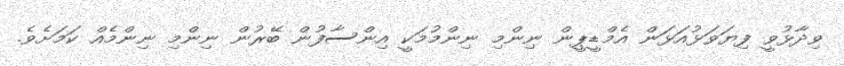
ވިދާޅުވީ ފިޔަވަޅުއަޅަން އެމްޑީޕީން ނިންމި ނިންމުމަކީ އިންސާފުން ބޭރުން ނިންމި ނިންމެއް ކަމަށެވެ.